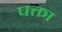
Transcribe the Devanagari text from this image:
पक्ता